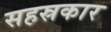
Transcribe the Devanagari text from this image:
सहस्रकार